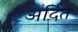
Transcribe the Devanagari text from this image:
अर्दित